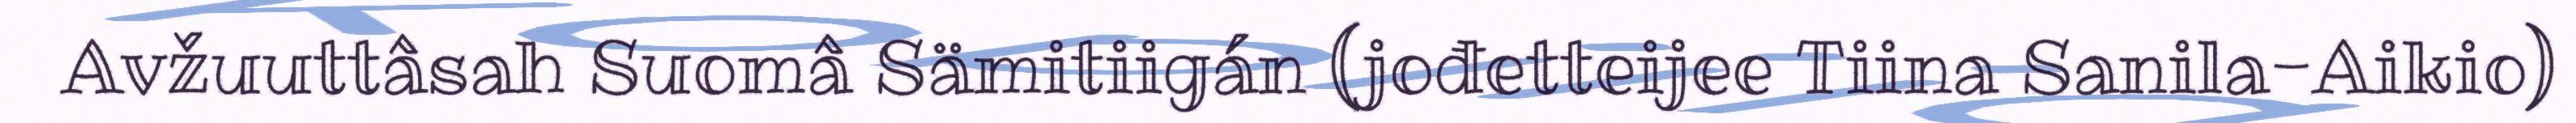
Avžuuttâsah Suomâ Sämitiigán (jođetteijee Tiina Sanila-Aikio)